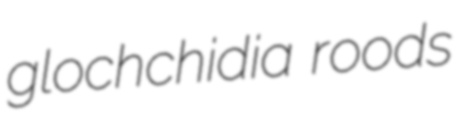
glochchidia roods